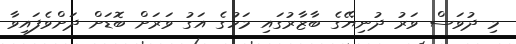
މި ދުވަސް ވަރު ދުނިޔޭގެ ބާޒާރުގައި މަހުގެ އަގު ވަރަށް ބޮޑަށް ދަށްވެފައިވާ